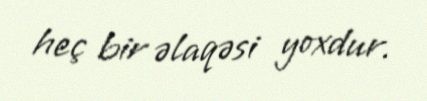
heç bir əlaqəsi yoxdur.